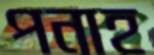
পনাহ